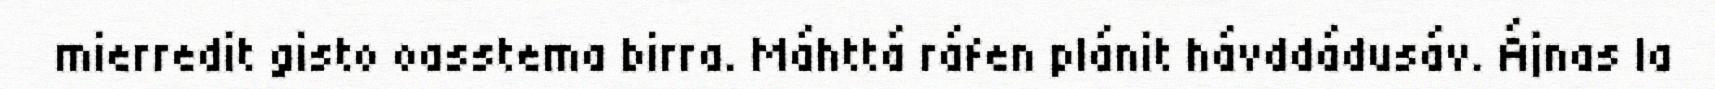
mierredit gisto oasstema birra. Máhttá ráfen plánit hávddádusáv. Ájnas la